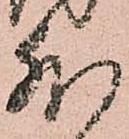
外